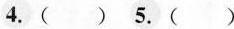
4.()5.()